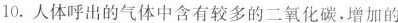
10.人体呼出的气体中含有较多的二氧化碳，增加的